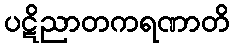
ပဋိညာတကရဏာတိ